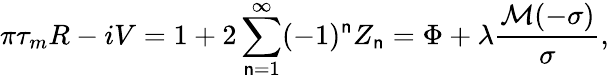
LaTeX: \pi\tau_{m}R-iV=1+2\sum_{\mathsf{n}=1}^{\infty}(-1)^{\mathsf{n}}Z_{\mathsf{n}}=\Phi+\lambda\frac{{\mathcal{M}(-\sigma)}}{\sigma},